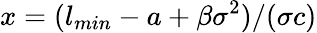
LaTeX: x=(l_{min}-a+\beta\sigma^{2})/(\sigma c)